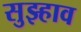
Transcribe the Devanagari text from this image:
सुझ्हाव